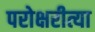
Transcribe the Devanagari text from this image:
परोक्षरीत्या